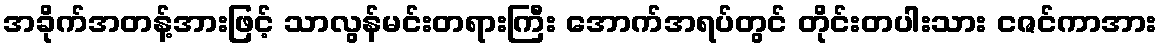
အခိုက်အတန့်အားဖြင့် သာလွန်မင်းတရားကြီး အောက်အရပ်တွင် တိုင်းတပါးသား ငဇင်ကာအား